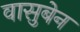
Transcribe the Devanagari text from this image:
वासुबेन